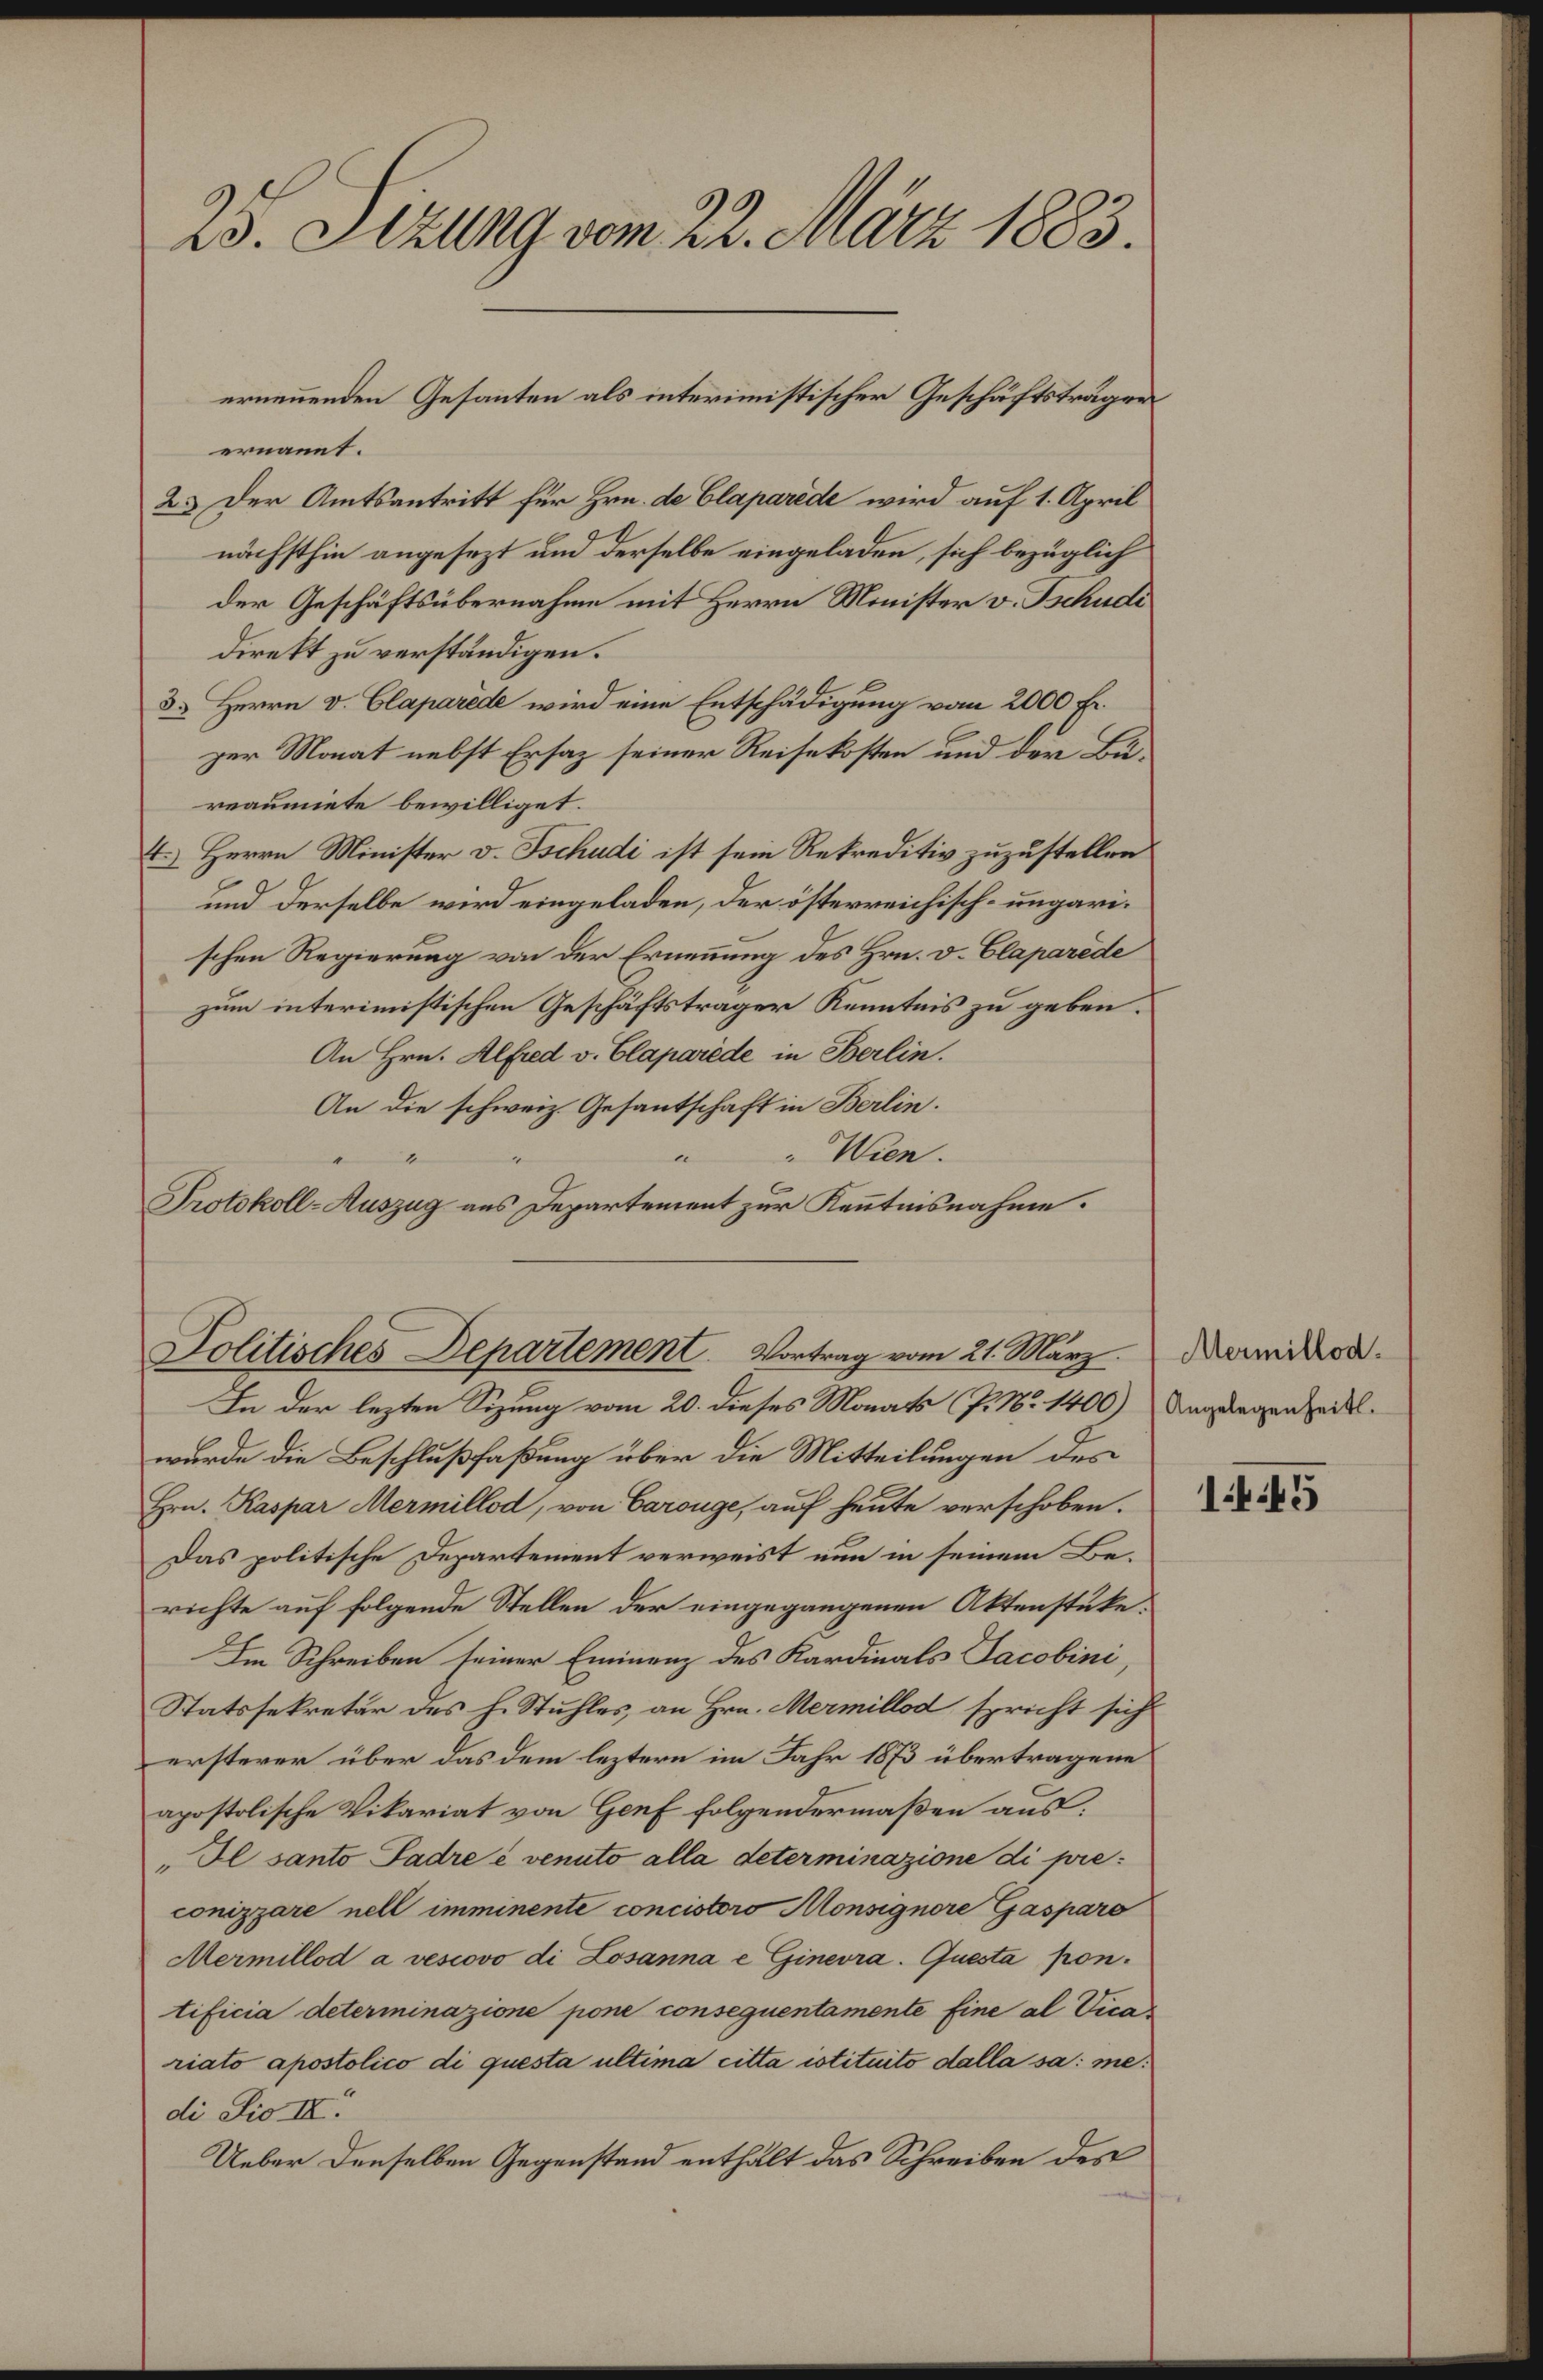
2u. Ftg on tutr 183.
ermeuenden Gesanten als interimistischer Geschuftträge
ernaunt
25 der Amtsentritt für Hrn e blapid wird auf 1. zil
rächsthin angesezt und derselbe eingeladen, sch bezüglich
der Geschäftübernahme mit Herrn Mister o. Seltts
dirrkt zu verstkmlgen.
3s Herrn v. Clapwrb wind eine Entschudigung van 2000 k.
zer Monat nebst Esaz seiner Resetsten und don Bi
veaumiete bewilliget.
s Herrn Miister . Sochati ist sein Retreditis zuzustellen
und derselbe wird eingeladen, der isterreichisch. ungarin
schen Regierung von der Ernerung des Hrn. v. Blapame
zum interimistischen Geschäftstrager Kenntis zu geben
An Hrn. Alfad v. Alapwride in Balie.
An die schweiz Gesantschaft in Wlin.
„ „ „  Ne.
Doholl zaz ars Departement zur Kentisahen.
 emilod.
 Angelegenheitl.
44 48
Jolitieches Denentenmnt Vortag am 2 Märi
Le der lezten Sizung voam 20 Dieses Morat 7.1. 1400)
rärde de Beschlußsfaßung über die Mitteilungen des
Hrn. Raaser eanillod, vin Baronze auf hute verschoben.
das politische Departement verweist aun im seinem Be¬
richte auf flgende Stellen der eingegangenen Attenstute
r Schreiben seiner Eiinrnz des Kardnals aobini,
Statssetretur des h. Stuhles an Hrn. emilld spricht sich
erstever über das dem leztern im Rahr 18 übertragene
apsstolische Vilariat von HGeaf folgendermaßen aus
J0 an Sada anal elle Aetrminzim i oe.
ozpzan ll immment aniaourgun Gasr
mullod a an Ai Boannainena. Gurle son.
ifieie Aterminaziom pom ounzuentamenle Eie el. aad¬
iat alolr di asla ullime ille olitäte dalla ia. na
i todI.
Uaber denselben Gegenstend enthllt des Schreiben den